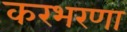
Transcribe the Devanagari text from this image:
करभरणा